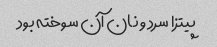
پیتزا سرد و نان آن سوخته بود